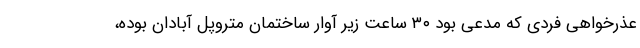
عذرخواهی فردی که مدعی بود ۳۰ ساعت زیر آوار ساختمان متروپل آبادان بوده،